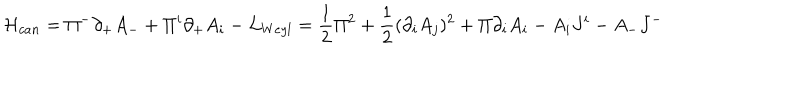
{ \cal H } _ { c a n } = \Pi ^ { - } \partial _ { + } A _ { - } + \Pi ^ { i } \partial _ { + } A _ { i } - { \cal L } _ { W e y l } = \frac 1 2 \Pi ^ { 2 } + \frac 1 2 ( \partial _ { i } A _ { j } ) ^ { 2 } + \Pi \partial _ { i } A _ { i } - A _ { i } J ^ { i } - A _ { - } J ^ { - }